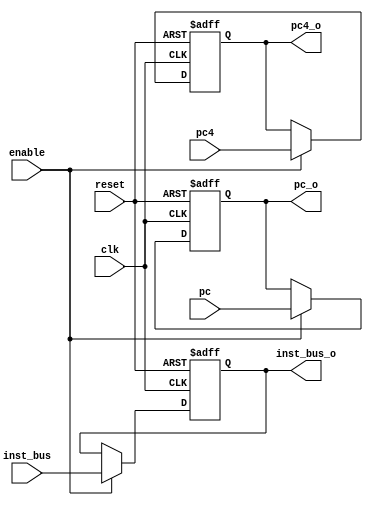
/******************************************************************
* Description
*	This is a register that is used for implementing pipeline stall 
*	1.0
* Author:
*	Gabriela de la Fuente & Daniel Gutirrez
******************************************************************/
module Register_IF_ID
#(
	parameter N = 32
)
(
	input clk,
	input reset,
	input enable,
	input  [N-1:0] pc,	//PC
	input  [N-1:0] inst_bus,	//Instruction_BUS
	input  [N-1:0] pc4,
	
	output reg [N-1:0] pc4_o,
	output reg [N-1:0] pc_o,
	output reg [N-1:0] inst_bus_o
);

always@(negedge reset or negedge clk) begin
	if(reset==0)
		begin
		pc_o <= 0;
		inst_bus_o <= 0;
		pc4_o <= 0;
		end
	else	
		if(enable==1)
		begin
			pc_o<=pc;
			inst_bus_o<=inst_bus;
			pc4_o<=pc4;
		end
end

endmodule